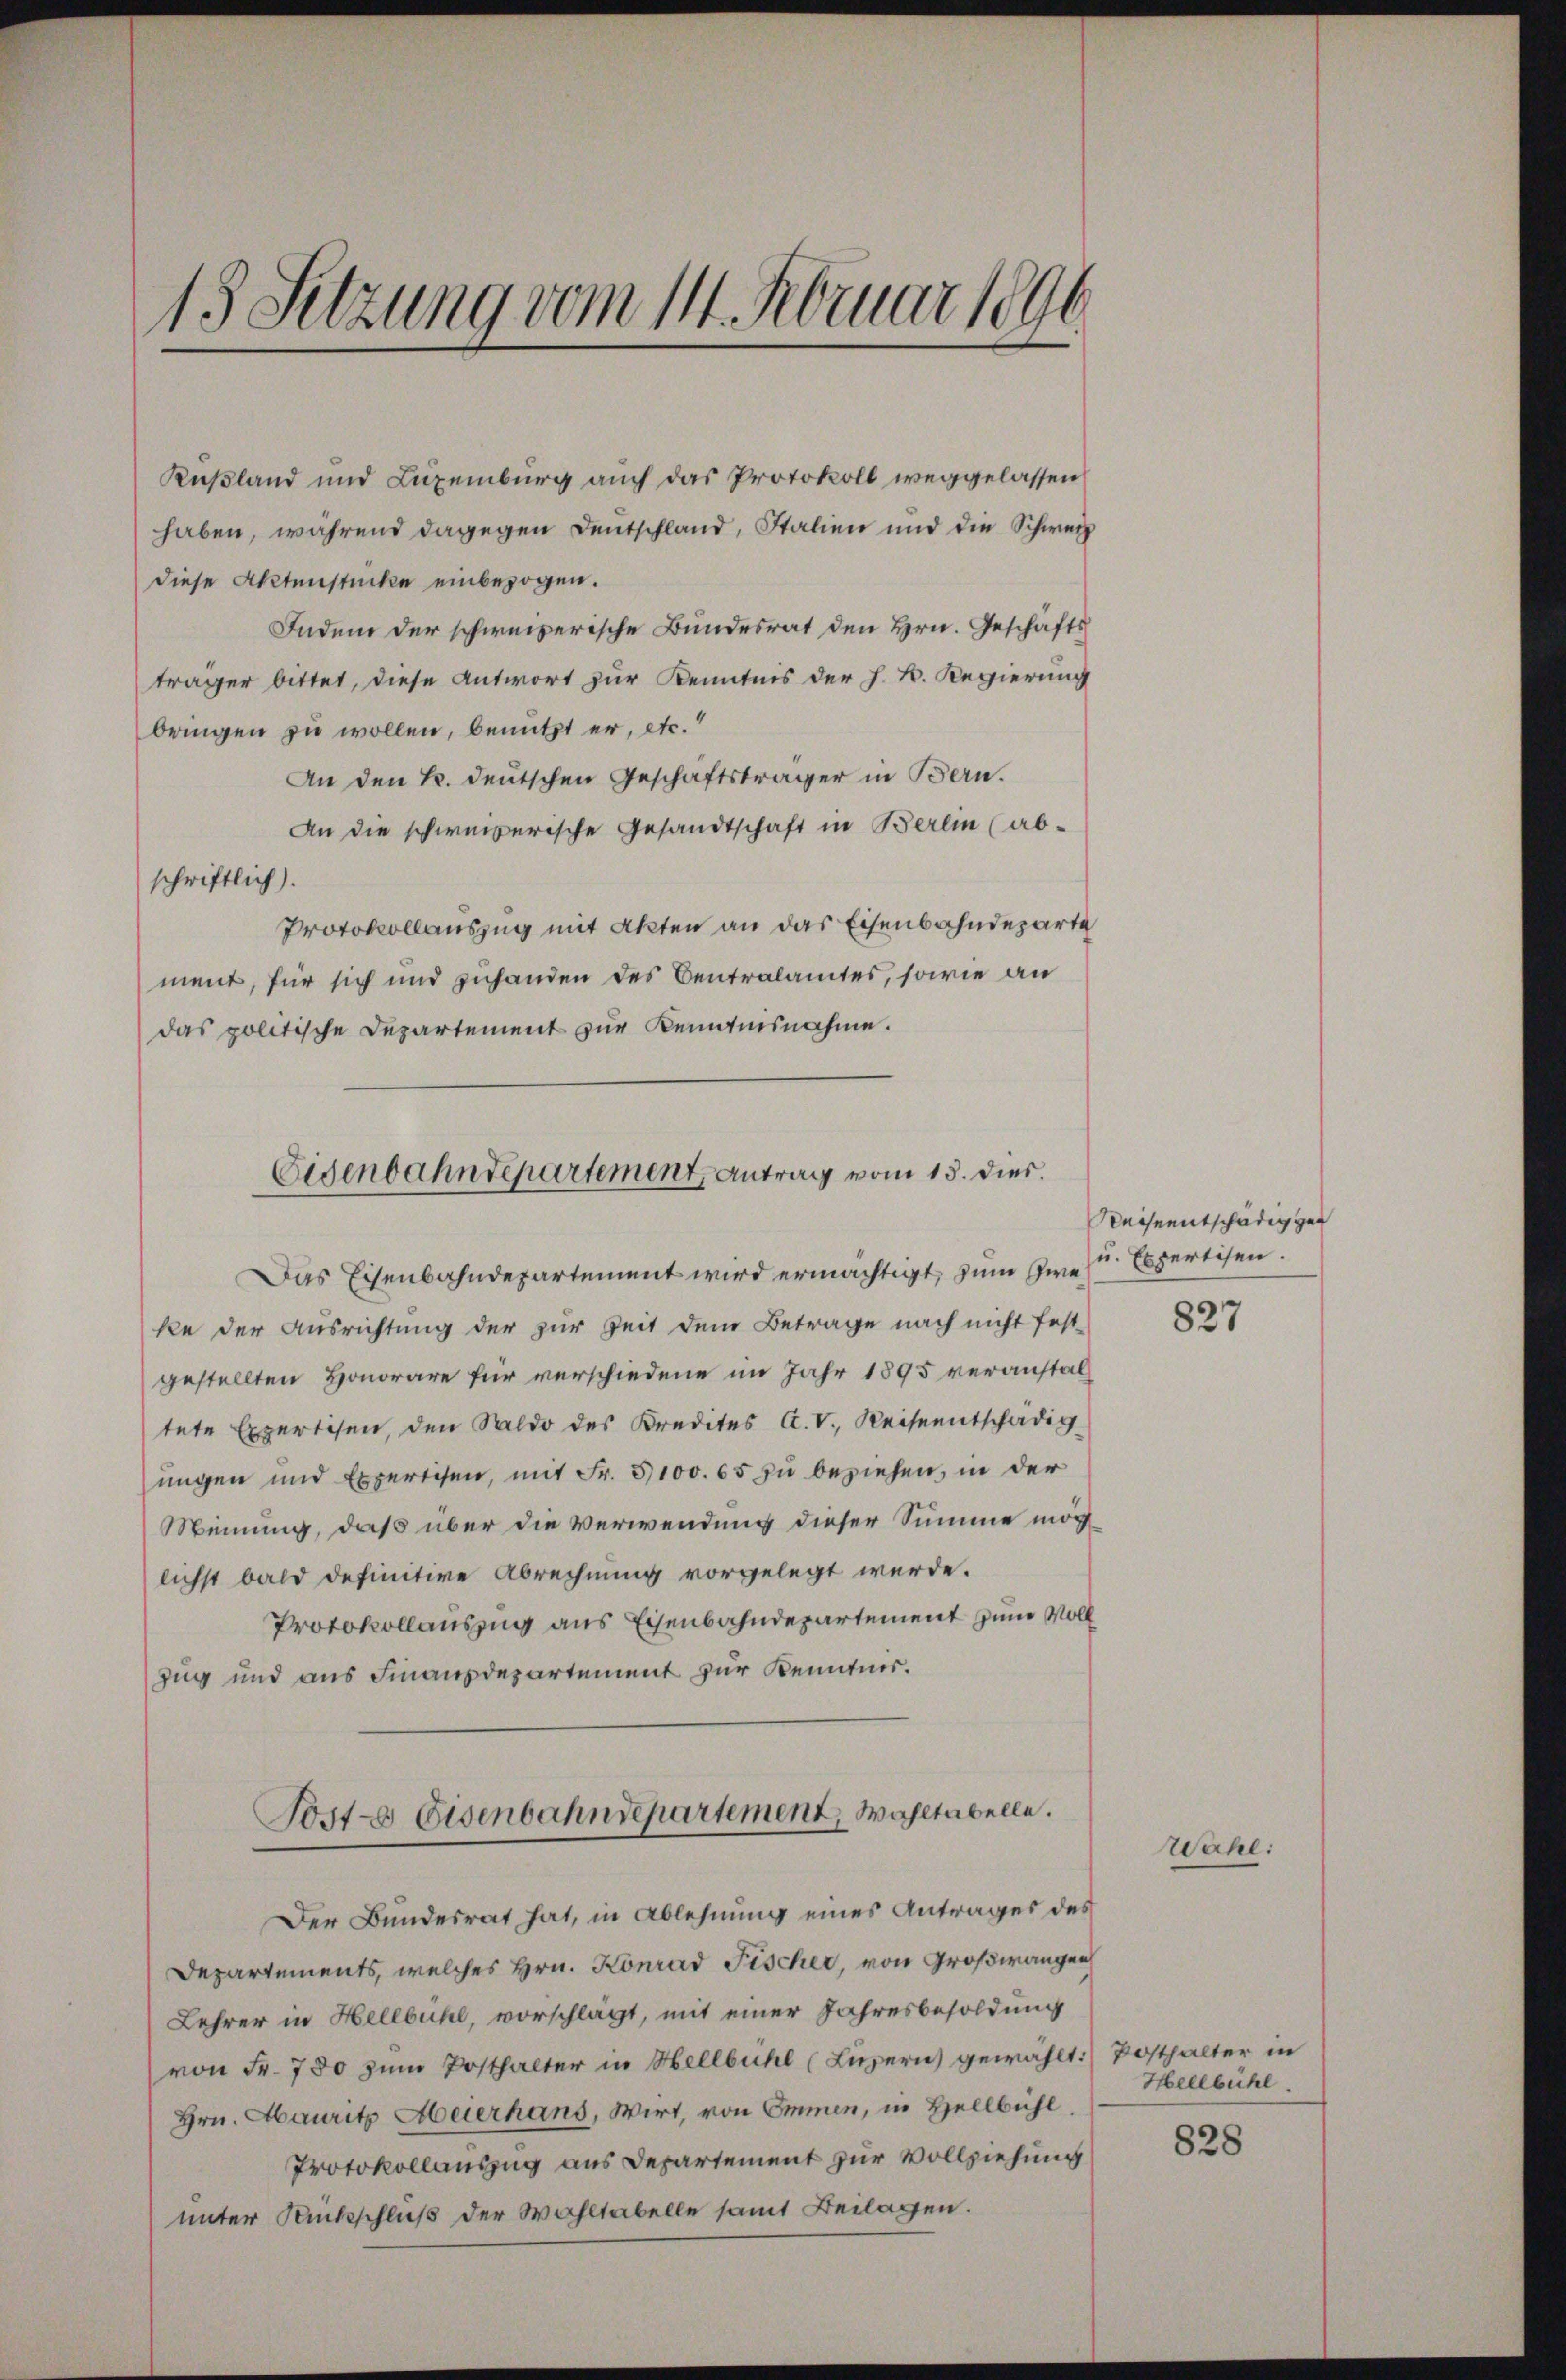
13 Setzung vom 11. Februar 1896

Kußland und Luxenburg auch das Protokoll weggelassen
haben, während dagegen Deutschland, Italien und die Schweiz
diese Aktenstücke einbezogen.
Indem der schweizerische Bundesrat den Hrn. Geschäfts
träger bittet, diese Antwort zur Kenntnis der h. B. Regierung
bringen zu wollen, benutzt er, etc.“
An den k. deutschen Geschäftsträger in Bern.
An die schweizerische Gesandtschaft in Berlin (ab-
schriftlich).
Protokollauszug mit Akten an das Eisenbahndeparte
ment, für sich und zuhanden des Centralamtes, sowie an
das politische Departement zur Kenntnisnahme.

Eidenbahndepartement, Antrag vom 15. dies
Das Eisenbahndepartement wird ermächtigt, zum Zwei Expertisen.

ke der Ausrichtung der zur Zeit dem Betrage nach nicht fest
gestellten Honorare für verschiedene im Jahr 1895 veranstaltete Expertisen, den Saldo des Kredites A. V. Reiseentschädig
ungen und Expertisen, mit Fr. 3100. 65 zu beziehen, in der
Meinung, daß über die Verwendung dieser Summe möchlichst bald definitive Abrechnung vorgelegt werde.
Protokollauszug aus Eisenbahndepartement zum Voll
Zug und aus Finanzdepartement zur Kenntnis.

Sost- & Eisenbahndepartement, Wahltabelle.

Der Bundesrat hat, in Ablehnung eines Antrages des
Departements, welches Hrn. Konrad Fischer, von Großwangen
Lehrer in Hellbühl, vorschlägt, mit einer Jahresbesoldung
von Fr. 750 zum Posthalter in Hellbichl (Luzern gewählt. Posthalter in
Hrn. Mauritz Meierhans, Wirt, von Emmen, in Hellbühl.
Protokollauszug aus Departement zur Vollziehung
unter Rückschluß der Wahltabelle samt Beilagen.

Reiseentschädig gen

827

Wahl.

Hellbühl

828